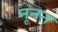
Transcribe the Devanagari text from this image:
नूनन